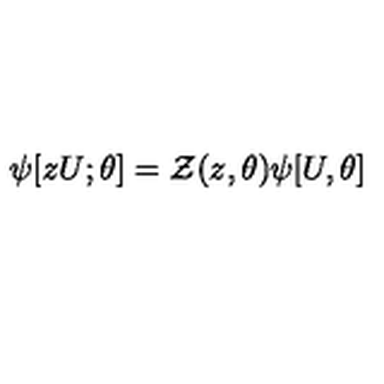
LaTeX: \psi [ z U ; \theta ] = { \cal Z } ( z , \theta ) \psi [ U , \theta ]